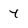
Character: Y